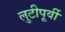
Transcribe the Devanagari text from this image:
लुटीपूर्वी